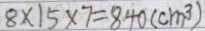
8 \times 1 5 \times 7 = 8 4 0 ( c m ^ { 3 } )